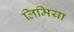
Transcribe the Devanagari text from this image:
लिमिया